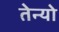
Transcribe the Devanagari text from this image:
तेन्यो